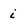
Character: i